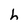
Character: h